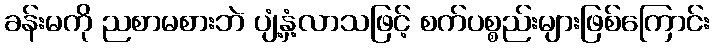
ခန်းမကို ညစာမစားဘဲ ပျံ့နှံ့လာသဖြင့် စက်ပစ္စည်းများဖြစ်ကြောင်း